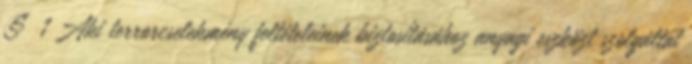
§ 1 Aki terrorcselekmény feltételeinek biztosításához anyagi eszközt szolgáltat